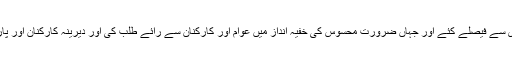
پی ٹی آئی چیئرمین نے کہا کہ ہم نے نہایت محنت اور دیانتداری سے فیصلے کئے اور جہاں ضرورت محسوس کی خفیہ انداز میں عوام اور کارکنان سے رائے طلب کی اور دیرینہ کارکنان اور پارٹی کے ساتھ وفاداری کو فیصلہ سازی میں ملحوظ خاطر رکھا۔